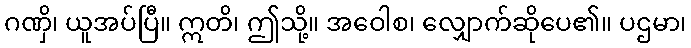
ဂဏှိ၊ ယူအပ်ပြီ။ ဣတိ၊ ဤသို့။ အဝေါစ၊ လျှောက်ဆိုပေ၏။ ပဌမာ၊